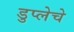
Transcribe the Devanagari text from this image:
डुप्लेचे